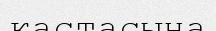
кастасына